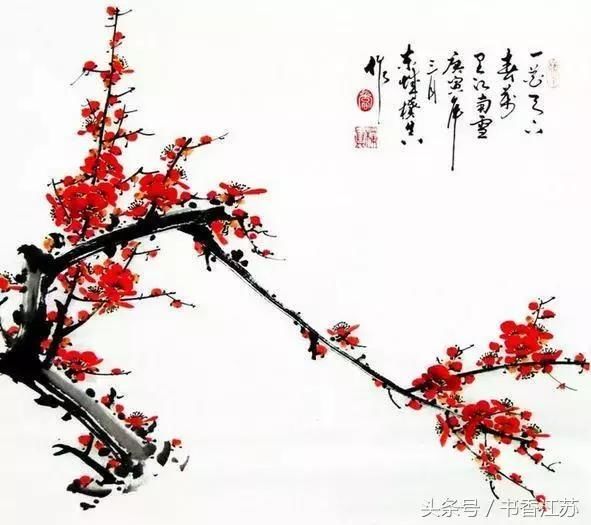
多谢梅花，伴我微吟。